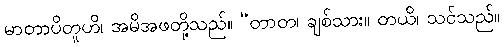
မာတာပိတူဟိ၊ အမိအဖတို့သည်။ “တာတ၊ ချစ်သား။ တယိ၊ သင်သည်။